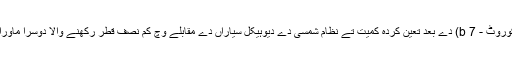
جی جے 1214b (کوروٹ - 7 b) دے بعد تعین کردہ کمیت تے نظام شمسی دے دیوہیکل سیاراں دے مقابلے وچ کم نصف قطر رکھنے والا دوسرا ماورائے شمس سیارہ سی ۔